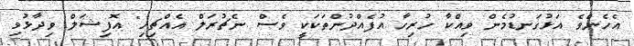
އެހެންވެ އަޅުގަނޑުމެން ވިއްކާ ހުރިހާ އުފެއްދުންތަކަކީ ވެސް ނެޗުރަލް އެއްޗިހި" އޮފިޝަލް ވިދާޅުވި